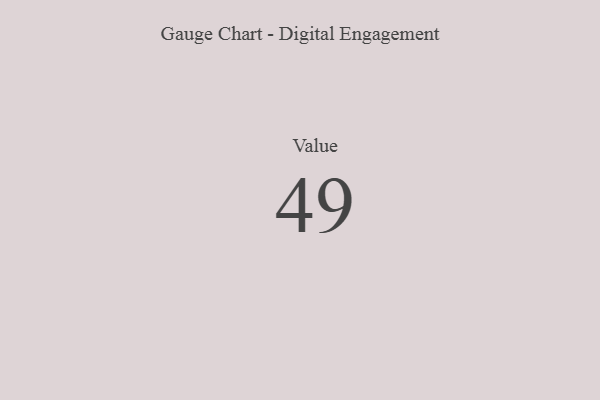
{"axis": {"x": "Metric", "y": "Value"}, "legend": [""], "data": [{"x": "Value", "y": 49, "type": ""}]}